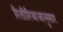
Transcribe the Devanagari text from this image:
रितीरिवाजानुसार